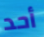
أحد